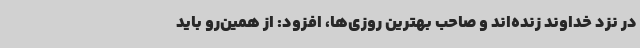
در نزد خداوند زنده‌اند و صاحب بهترین روزی‌ها، افزود: از همین‌رو باید